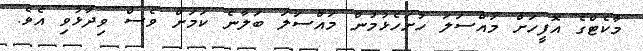
މާކެޓްގެ އޮފީހަށް މައްސަލަ ހުށަހެޅުމުން މައްސަލަ ބަލާނެ ކަމަށް ވެސް ވިދާޅުވި އެވެ.